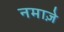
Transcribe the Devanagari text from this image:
नमाजे़